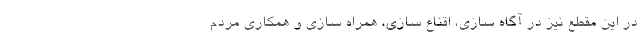
در این مقطع نیز در آگاه سازی، اقناع سازی، همراه سازی و همکاری مردم